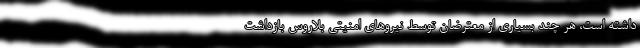
داشته است، هر چند بسیاری از معترضان توسط نیروهای امنیتی بلاروس بازداشت